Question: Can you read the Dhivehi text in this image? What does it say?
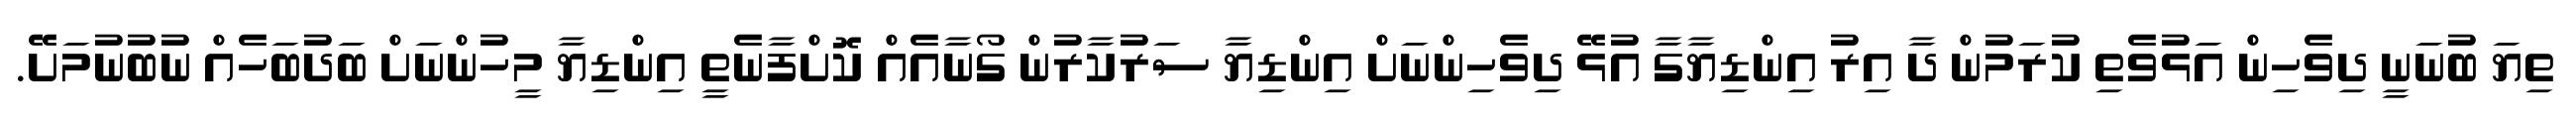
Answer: ތިޔަ ބުނަނީ ދިވެހިން އަޅުވެތި ކުރަމުން ދާ އިރު އިންޑިޔާގާ އުޅޭ ދިވެހިންނަށް އިންޑިޔާ ސަރުކާރުން ގޯނާއެއް ކޮށްފާނެތީ އިންޑިޔާ މީހުންނަށް ބަދުބަހެއް ނުބުނުމަށޭ.